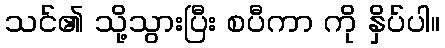
သင်၏ သို့သွားပြီး စပီကာ ကို နှိပ်ပါ။